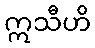
ဣသီဟိ